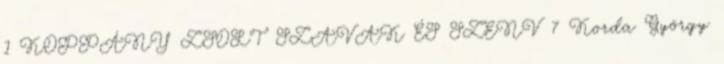
1 KOPPÁNY ZSOLT SZAVAK ÉS SZENV 7 Korda György